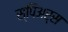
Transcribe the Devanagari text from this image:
स्पिअर्स